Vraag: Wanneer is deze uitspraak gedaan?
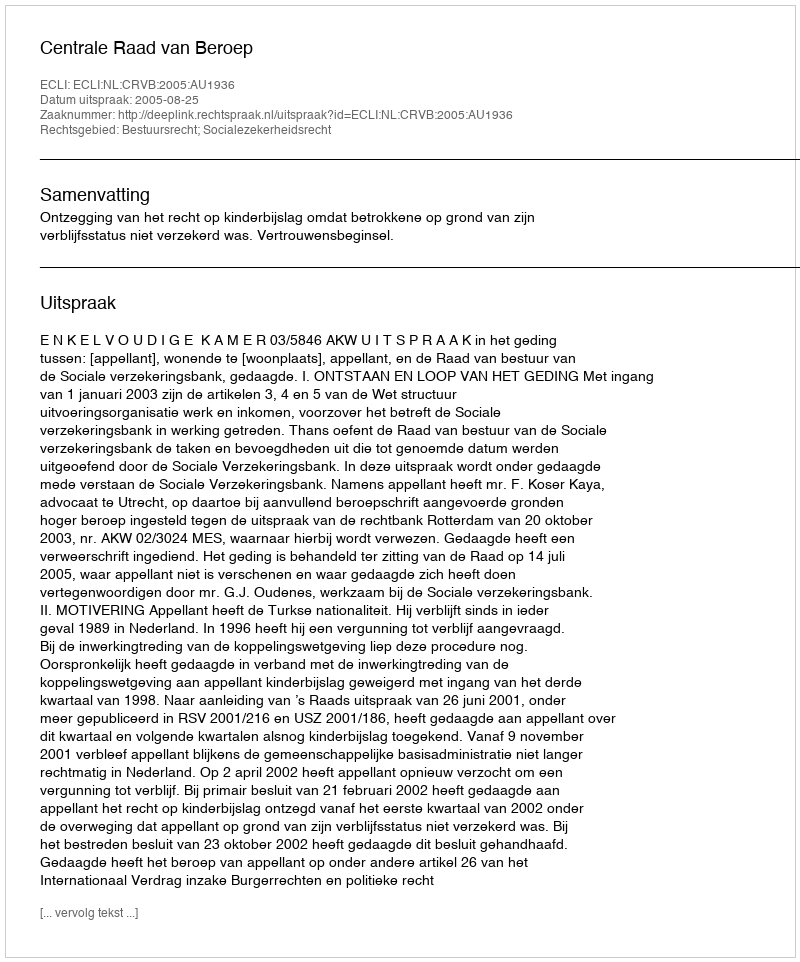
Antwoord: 2005-08-25